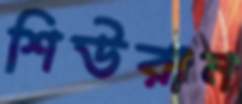
শিউরান